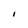
Character: I